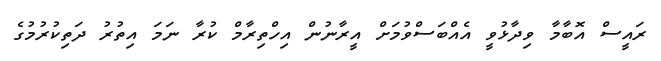
ރައީސް އޮބާމާ ވިދާޅުވީ އެއްބަސްވުމަށް އީރާނުން އިހްތިރާމް ކުރާ ނަމަ އިތުރު ދަތިކުރުމުގެ